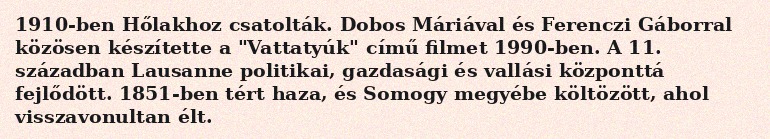
1910-ben Hőlakhoz csatolták. Dobos Máriával és Ferenczi Gáborral közösen készítette a "Vattatyúk" című filmet 1990-ben. A 11. században Lausanne politikai, gazdasági és vallási központtá fejlődött. 1851-ben tért haza, és Somogy megyébe költözött, ahol visszavonultan élt.